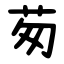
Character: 茐